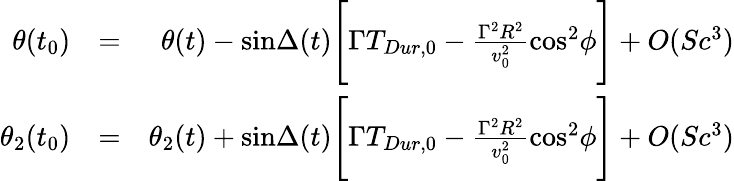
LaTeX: \begin{array}{rlr}{\theta(t_{0})}&{=}&{\theta(t)-\mathrm{sin}\Delta(t)\Bigg[\Gamma T_{Dur,0}-{\frac{\Gamma^{2}R^{2}}{v_{0}^{2}}}\mathrm{cos}^{2}\phi\Bigg]+O(Sc^{3})}\\ {\theta_{2}(t_{0})}&{=}&{\theta_{2}(t)+\mathrm{sin}\Delta(t)\Bigg[\Gamma T_{Dur,0}-{\frac{\Gamma^{2}R^{2}}{v_{0}^{2}}}\mathrm{cos}^{2}\phi\Bigg]+O(Sc^{3})}\end{array}